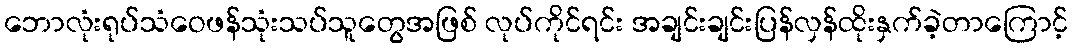
ဘောလုံးရုပ်သံဝေဖန်သုံးသပ်သူတွေအဖြစ် လုပ်ကိုင်ရင်း အချင်းချင်းပြန်လှန်ထိုးနှက်ခဲ့တာကြောင့်